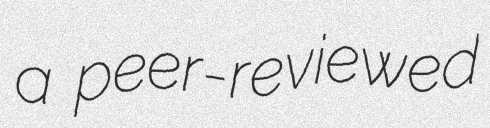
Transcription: a peer-reviewed